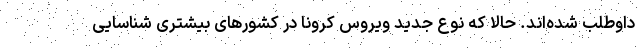
داوطلب شده‌اند. حالا که نوع جدید ویروس کرونا در کشورهای بیشتری شناسایی